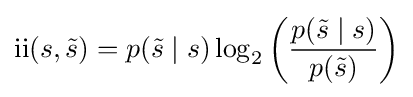
{\text{ii}}(s,{\tilde {s}})=p({\tilde {s}}\mid s)\log _{2}\left({\frac {p({\tilde {s}}\mid s)}{p({\tilde {s}})}}\right)